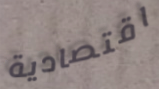
اقتصادية